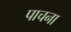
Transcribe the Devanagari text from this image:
पाचना